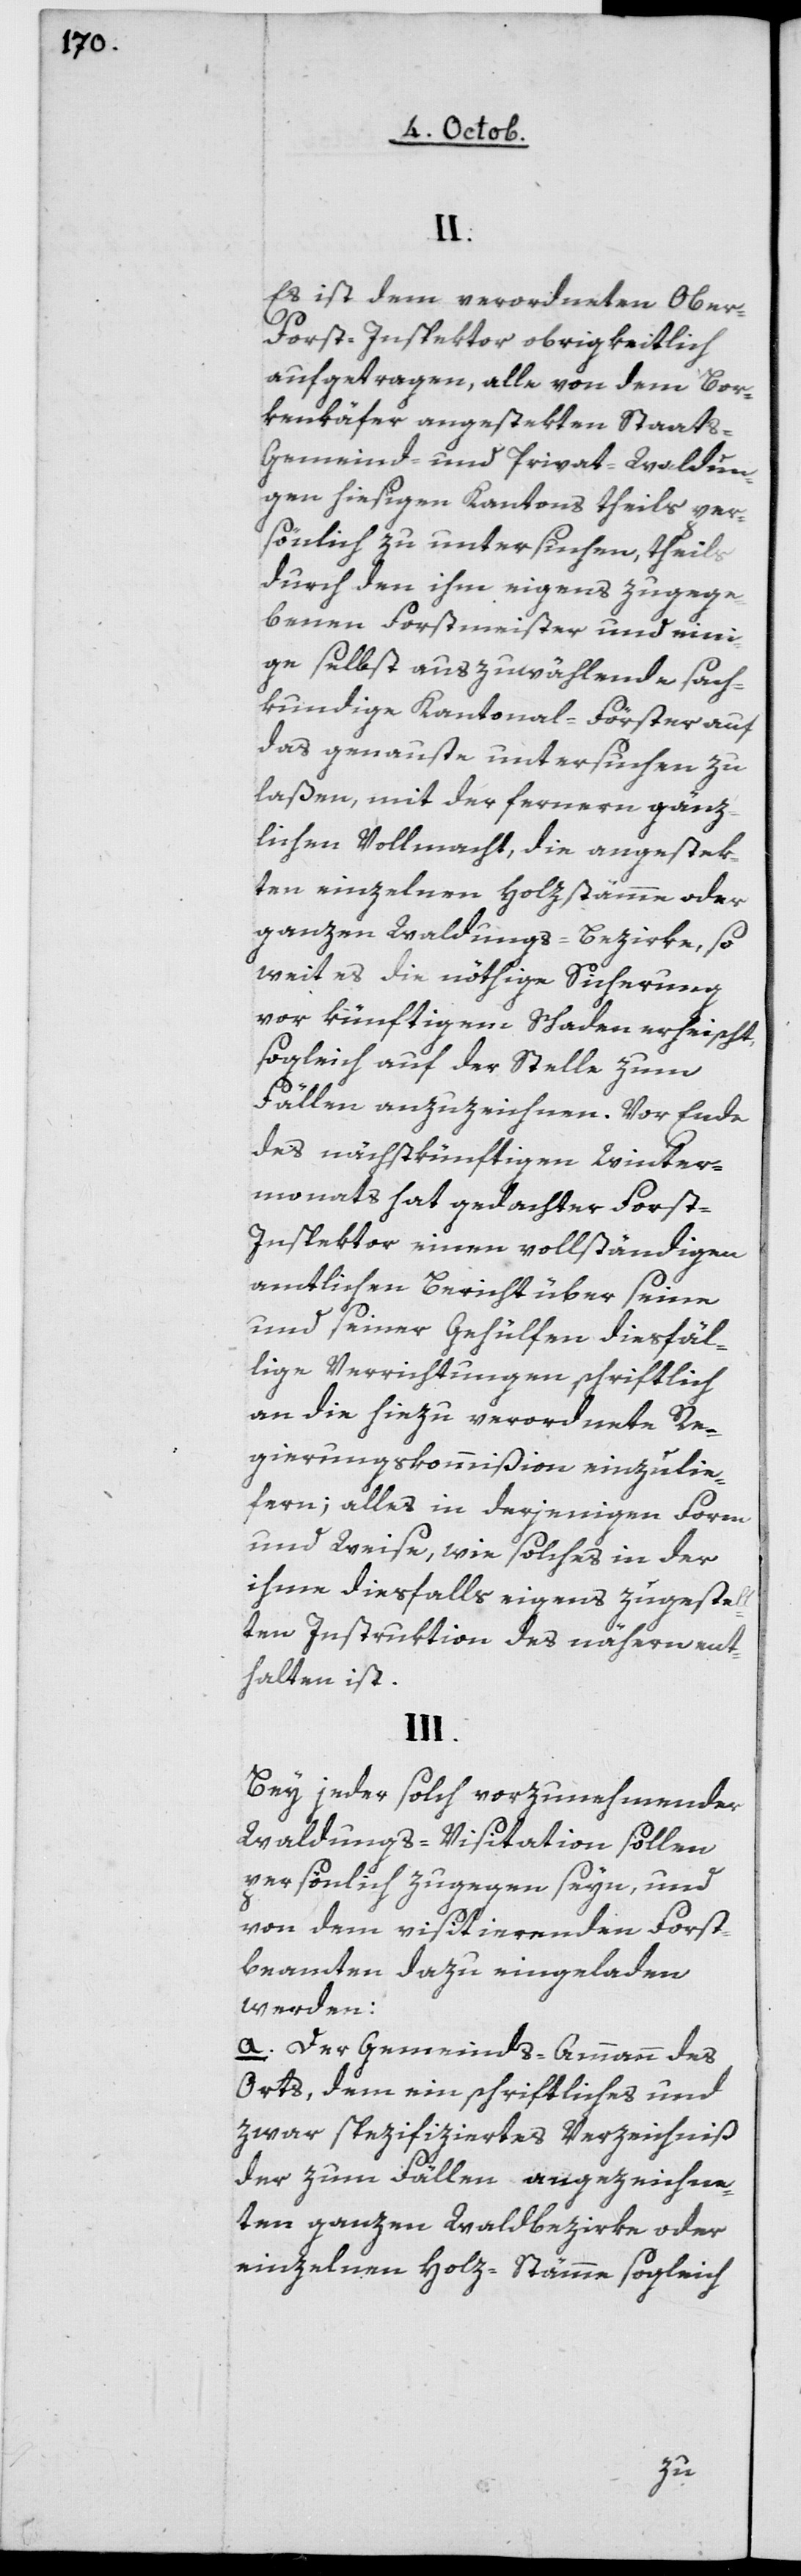
II.
Es ist dem verordneten Ober-F¬
orst-Inspektor obrigkeitlich
aufgetragen, alle von dem Bor¬
kenkäfer angestekten Staats,
Gemeinds- und Privatwaldun¬
gen hiesigen Kantons theils per¬
sönlich zu untersuchen, theils
durch den ihm eigens zugege¬
benen Forstmeister und eini¬
ge selbst auszuwählende sach¬
kundige Kantonal-Förster auf
das genaueste untersuchen zu
laßen, mit der fernern gänz¬
lichen Vollmacht, die angestek¬
ten einzelnen Holzstämme oder
ganzen Waldungs-Bezirke, so
weit es die nöthige Sicherung
vor künftigem Schaden erheischt,
sogleich auf der Stelle zum
Fällen anzuzeichnen. Vor Ende
des nächstkünftigen Winter¬
monats hat gedachter Fors¬
t-Inspektor einen vollständigen
amtlichen Bericht über seine
und seiner Gehülfen diesfäl¬
lige Verrichtungen schriftlich
an die hiezu verordnete Re¬
gierungskommißion einzulie¬
fern; alles in derjenigen Form
und Weise, wie solches in der
ihme diesfalls eigens zugestell¬
ten Instruktion des nähern ent¬
halten ist.
III.
Bey jeder solch vorzunehmender
Waldungs-Visitation sollen
persönlich zugegen seyn, und
von dem visitierenden Forst¬
beamten dazu eingeladen
werden:
a. Der Gemeinds-Ammann des
Orts, den ein schriftliches und
zwar spezifiertes Verzeichniß
der zum Fällen angezeichne¬
ten ganzen Waldbezirke oder
einzelnen Holz-Stämme sogleich